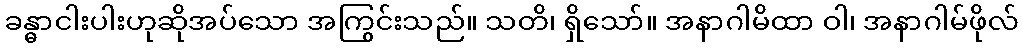
ခန္ဓာငါးပါးဟုဆိုအပ်သော အကြွင်းသည်။ သတိ၊ ရှိသော်။ အနာဂါမိထာ ဝါ၊ အနာဂါမ်ဖိုလ်